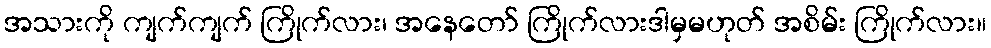
အသားကို ကျက်ကျက် ကြိုက်လား၊ အနေတော် ကြိုက်လားဒါမှမဟုတ် အစိမ်း ကြိုက်လား။